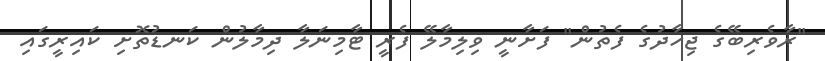
"ރާވެރިބޭގެ ޖިހާދުގެ ފެތުން" ފަށާނީ ވިލިމާލޭ ފެރީ ޓާމިނަލާ ދިމާލުން ކަނޑުތޮށި ކައިރީގައި